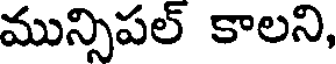
మున్సిపల్ కాలని,